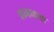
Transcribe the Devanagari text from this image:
नन्नय्याचा